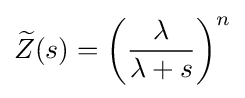
{\widetilde {Z}}(s)=\left({\frac {\lambda }{\lambda +s}}\right)^{n}